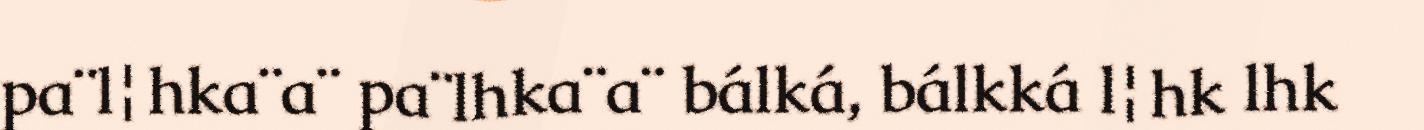
pa¨l¦hka¨a¨ pa¨lhka¨a¨ bálká, bálkká l¦hk lhk